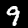
Digit: 9